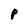
Character: P